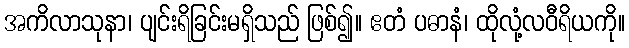
အကိလာသုနာ၊ ပျင်းရိခြင်းမရှိသည် ဖြစ်၍။ ဧတံ ပဓာနံ၊ ထိုလုံ့လဝီရိယကို။